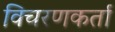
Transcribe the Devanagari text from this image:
विचरणकर्ता